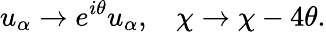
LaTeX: u_{\alpha}\rightarrow e^{i\theta}u_{\alpha},\: \: \: \: \chi\rightarrow\chi-4\theta.